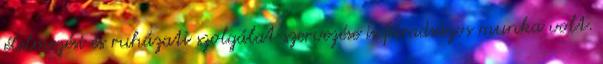
élelmezési és ruházati szolgálat szervezése is fáradságos munka volt.